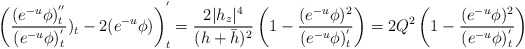
\begin{align*}\left(\frac{(e^{-u}\phi)_t^{''}}{(e^{-u}\phi)_t^{'}})_t-2(e^{-u}\phi)\right)^{'}_t=\frac{2|h_z|^4}{(h+\bar{h})^2}\left(1-\frac{(e^{-u}\phi)^2}{(e^{-u}\phi)_t^{'}}\right)=2Q^2\left(1-\frac{(e^{-u}\phi)^2}{(e^{-u}\phi)_t^{'}}\right)\end{align*}